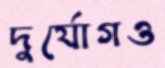
দুর্যোগও